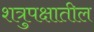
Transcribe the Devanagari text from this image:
शत्रुपक्षातील